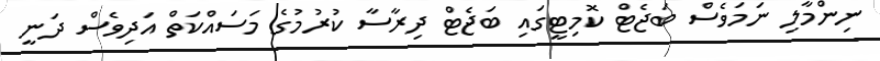
ނިންމާލި ނަމަވެސް ބަޖެޓް ކޮމިޓީގައި ބަޖެޓް ދިރާސާ ކުރުމުގެ މަސައްކަތް އަދިވެސް ދަނީ